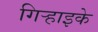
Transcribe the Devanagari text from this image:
गिर्‍हाइके